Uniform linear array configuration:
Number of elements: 32
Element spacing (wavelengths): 0.75
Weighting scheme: blackman
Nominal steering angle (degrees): -15
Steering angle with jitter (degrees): -16.877
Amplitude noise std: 0.05
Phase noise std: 0.05

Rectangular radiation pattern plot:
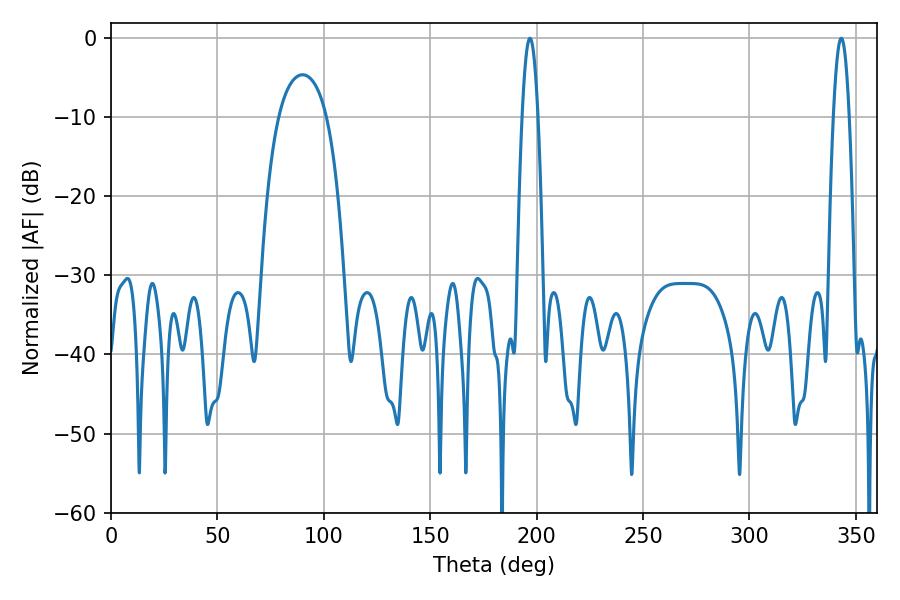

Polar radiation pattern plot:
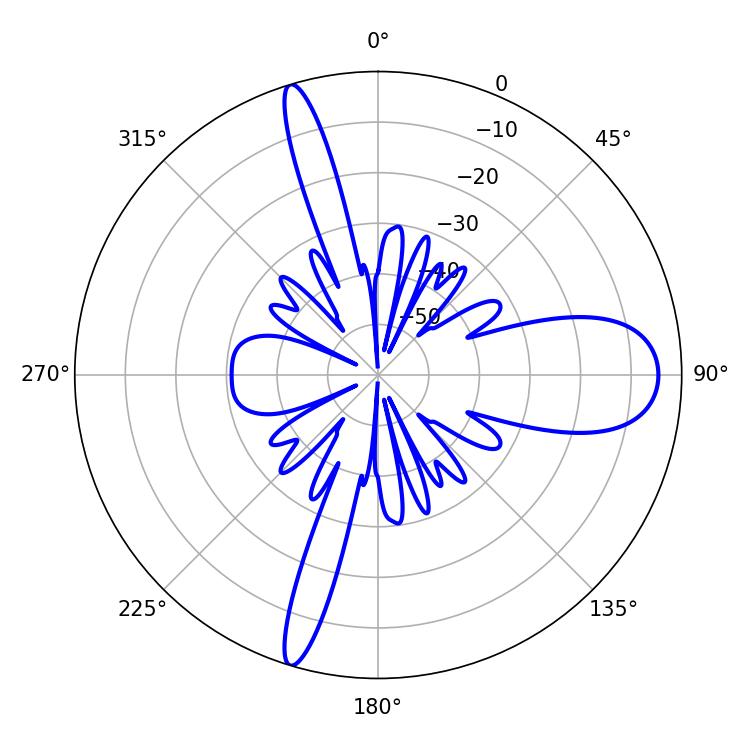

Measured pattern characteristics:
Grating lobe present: TRUE
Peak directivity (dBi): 15.136
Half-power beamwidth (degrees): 4.14
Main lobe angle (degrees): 343.08